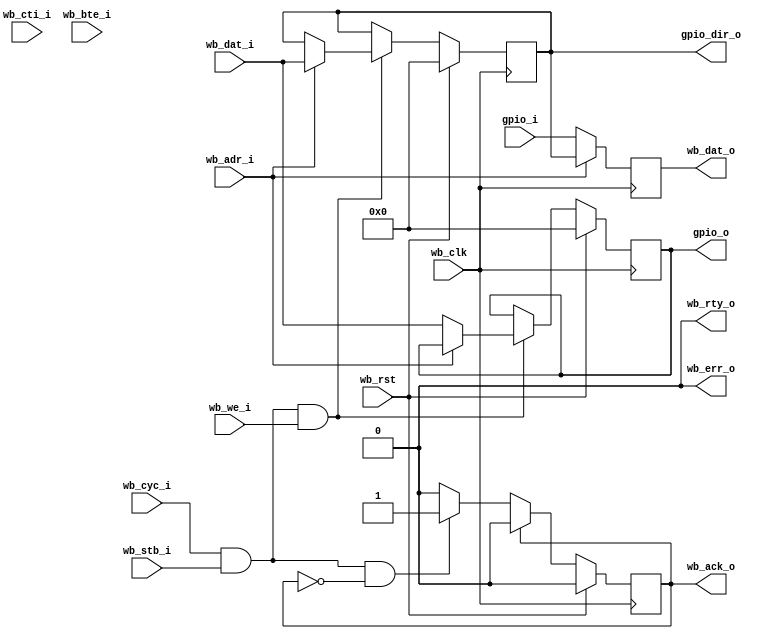
/*
 * Simple 8-bit wide GPIO module
 *
 * First byte is the GPIO I/O reg
 * Second is the direction register
 *
 * Set direction bit to '1' to output corresponding data bit.
 *
 * Register mapping:
 *
 * adr 0: gpio data 7:0
 * adr 1: gpio dir 7:0
 */

module gpio
       (
	input			wb_clk,
	input			wb_rst,

	input			wb_adr_i,
	input		[7:0] 	wb_dat_i,
	input			wb_we_i,
	input			wb_cyc_i,
	input			wb_stb_i,
	input		[2:0] 	wb_cti_i,
	input		[1:0]	wb_bte_i,
	output reg	[7:0]	wb_dat_o,
	output reg		wb_ack_o,
	output			wb_err_o,
	output			wb_rty_o,

	input		[7:0]	gpio_i,
	output reg	[7:0]	gpio_o,
	output reg	[7:0]	gpio_dir_o
);


// GPIO dir register
always @(posedge wb_clk)
	if (wb_rst)
		gpio_dir_o <= 0; // All set to in at reset
	else if (wb_cyc_i & wb_stb_i & wb_we_i) begin
		if (wb_adr_i == 1)
			gpio_dir_o[7:0] <= wb_dat_i;
	end


// GPIO data out register
always @(posedge wb_clk)
	if (wb_rst)
		gpio_o <= 0;
	else if (wb_cyc_i & wb_stb_i & wb_we_i) begin
		if (wb_adr_i == 0)
			gpio_o[7:0] <= wb_dat_i;
	end


// Register the gpio in signal
always @(posedge wb_clk) begin
	// Data regs
	if (wb_adr_i == 0)
		wb_dat_o[7:0] <= gpio_i[7:0];

	// Direction regs
	if (wb_adr_i == 1)
		wb_dat_o[7:0] <= gpio_dir_o[7:0];
     end

// Ack generation
always @(posedge wb_clk)
	if (wb_rst)
		wb_ack_o <= 0;
	else if (wb_ack_o)
		wb_ack_o <= 0;
	else if (wb_cyc_i & wb_stb_i & !wb_ack_o)
		wb_ack_o <= 1;

assign wb_err_o = 0;
assign wb_rty_o = 0;

endmodule